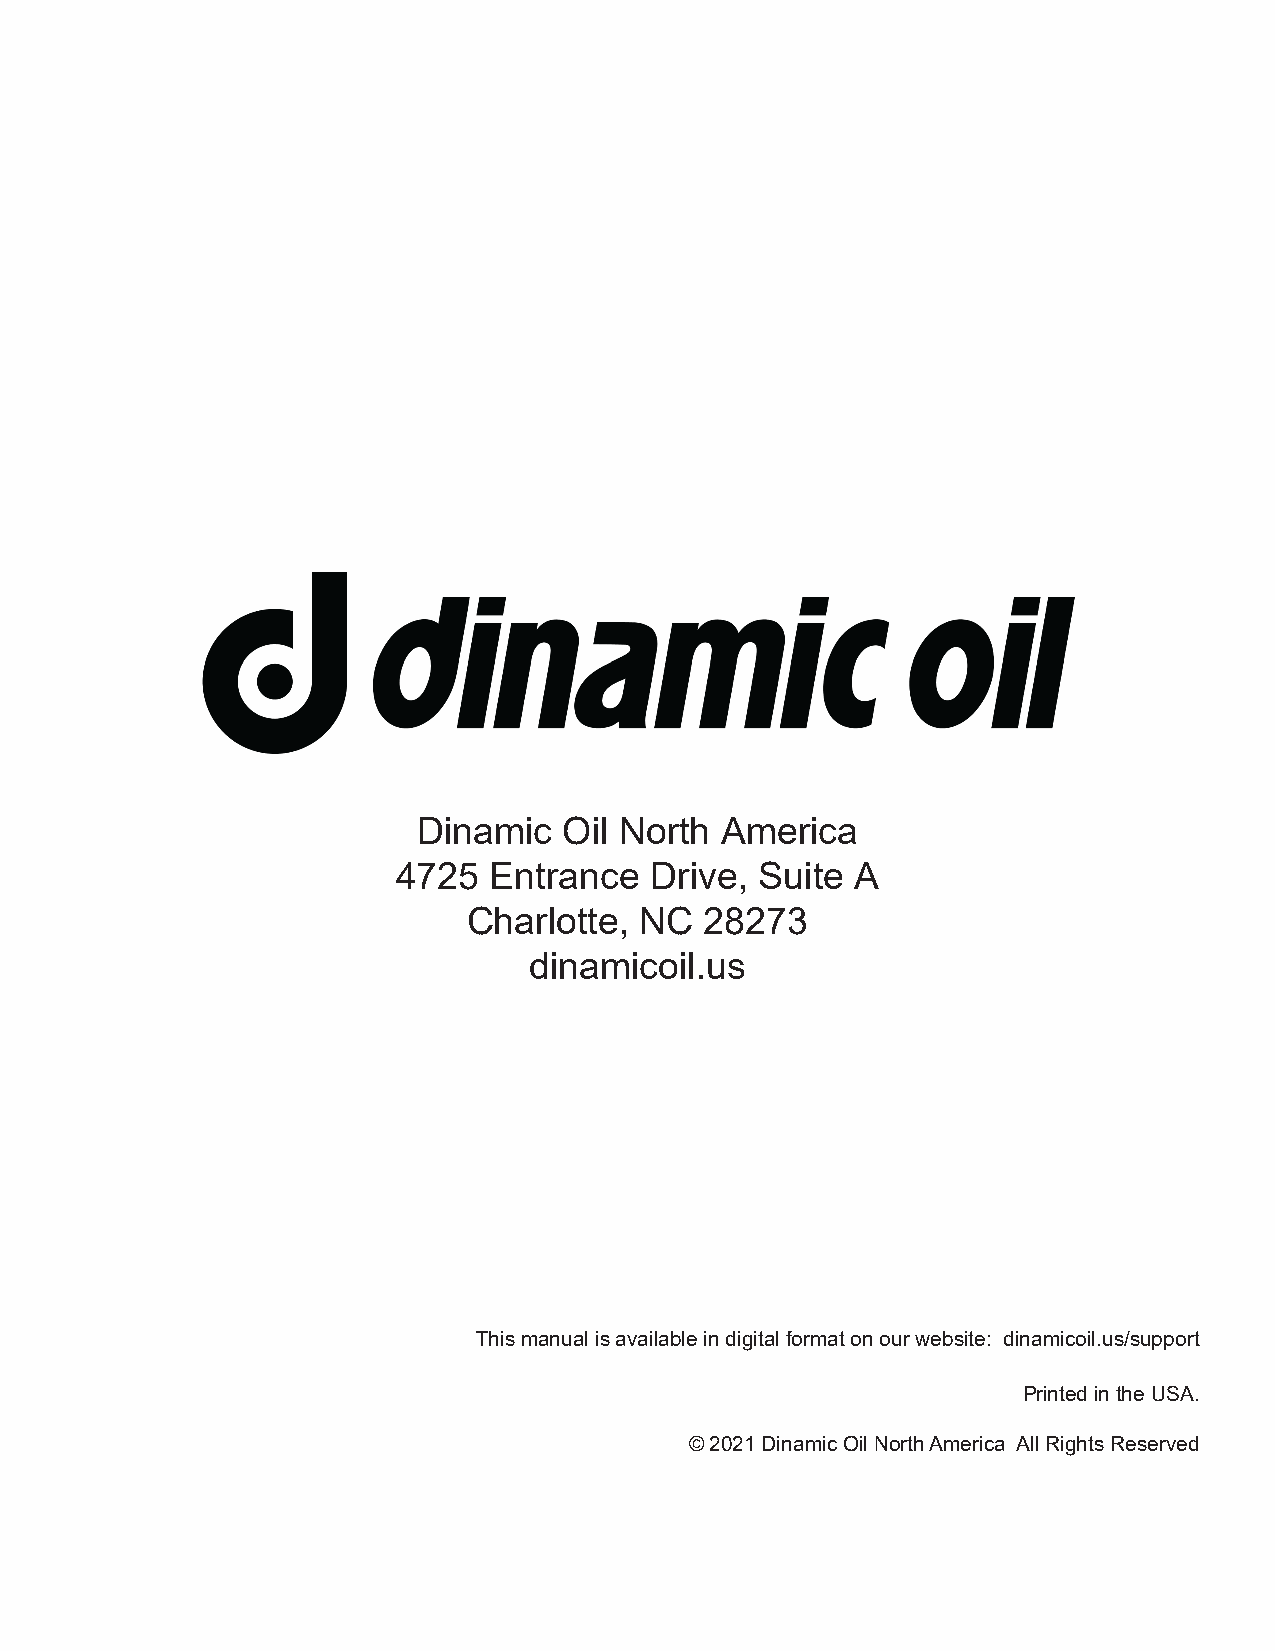
Gearboxes - Hoists - Winches - Construction Attachments
 Dinamic  Oil North  America
 4725  Entrance   Drive, Suite  A
 Charlotte, NC   28273
 dinamicoil.us
 This manual is available in digital format on our website: dinamicoil.us/support
 Printed in the USA.
 © 2021 Dinamic Oil North America All Rights Reserved
 24                        TA Series Users Manual . Release 01 . English